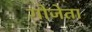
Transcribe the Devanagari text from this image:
गोजेता